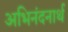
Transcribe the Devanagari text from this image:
अभिनंदनार्थ